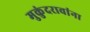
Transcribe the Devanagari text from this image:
मुकुंदरावांना